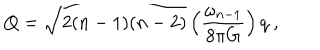
LaTeX: Q = \sqrt { 2 ( n - 1 ) ( n - 2 ) } \left( { \frac { \omega _ { n - 1 } } { 8 \pi G } } \right) q \ ,